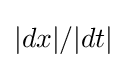
|dx|/|dt|